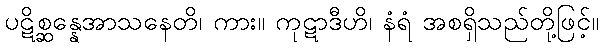
ပဋိစ္ဆန္နေအာသနေတိ၊ ကား။ ကုဋာဒီဟိ၊ နံရံ အစရှိသည်တို့ဖြင့်။